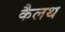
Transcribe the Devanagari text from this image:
कैलथ